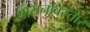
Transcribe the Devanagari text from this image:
शासनविस्तार